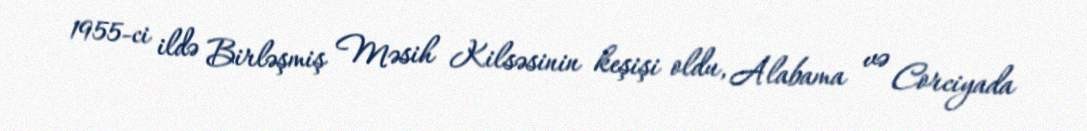
1955-ci ildə Birləşmiş Məsih Kilsəsinin keşişi oldu, Alabama və Corciyada